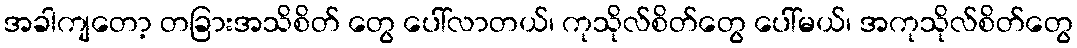
အခါကျတော့ တခြားအသိစိတ် တွေ ပေါ်လာတယ်၊ ကုသိုလ်စိတ်တွေ ပေါ်မယ်၊ အကုသိုလ်စိတ်တွေ